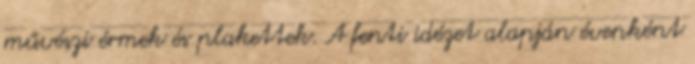
művészi érmek és plakettek. A fenti idézet alapján évenként